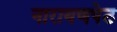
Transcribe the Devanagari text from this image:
नारायणपेठ